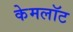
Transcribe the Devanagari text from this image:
केमलॉट